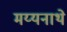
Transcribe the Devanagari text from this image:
मय्यनाथे